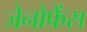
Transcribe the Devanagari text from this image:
जेनोफेंस